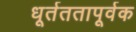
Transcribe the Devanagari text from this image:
धूर्तततापूर्वक